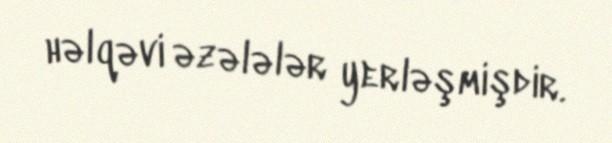
həlqəvi əzələlər yerləşmişdir.